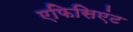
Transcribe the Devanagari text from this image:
एफिसिएंट